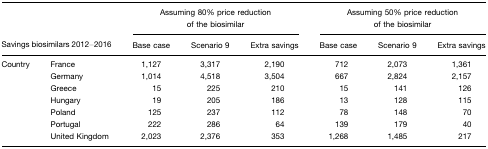
<table><thead><tr><td></td><td></td><td colspan="3"><b>Assuming 80% price reduction of the biosimilar</b></td><td colspan="3"><b>Assuming 50% price reduction of the biosimilar</b></td></tr><tr><td colspan="2"><b>Savings biosimilars 2012–2016</b></td><td><b>Base case</b></td><td><b>Scenario 9</b></td><td><b>Extra savings</b></td><td><b>Base case</b></td><td><b>Scenario 9</b></td><td><b>Extra savings</b></td></tr></thead><tbody><tr><td>Country</td><td>France</td><td>1,127</td><td>3,317</td><td>2,190</td><td>712</td><td>2,073</td><td>1,361</td></tr><tr><td></td><td>Germany</td><td>1,014</td><td>4,518</td><td>3,504</td><td>667</td><td>2,824</td><td>2,157</td></tr><tr><td></td><td>Greece</td><td>15</td><td>225</td><td>210</td><td>15</td><td>141</td><td>126</td></tr><tr><td></td><td>Hungary</td><td>19</td><td>205</td><td>186</td><td>13</td><td>128</td><td>115</td></tr><tr><td></td><td>Poland</td><td>125</td><td>237</td><td>112</td><td>78</td><td>148</td><td>70</td></tr><tr><td></td><td>Portugal</td><td>222</td><td>286</td><td>64</td><td>139</td><td>179</td><td>40</td></tr><tr><td></td><td>United Kingdom</td><td>2,023</td><td>2,376</td><td>353</td><td>1,268</td><td>1,485</td><td>217</td></tr></tbody></table>